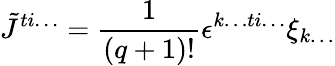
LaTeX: \tilde{J}^{ti\ldots}=\frac{1}{(q+1)!}\epsilon^{k\ldots ti\ldots}\xi_{k\ldots}